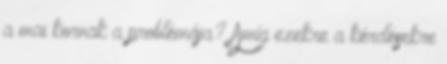
a mai kornak a problémája? Amíg ezekre a kérdésekre